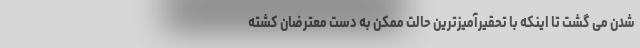
شدن می گشت تا اینکه با تحقیرآمیزترین حالت ممکن به دست معترضان کشته